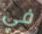
في